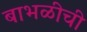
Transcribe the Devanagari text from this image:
बाभळीची